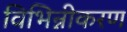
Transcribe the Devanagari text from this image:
विभिन्नीकरण